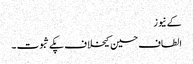
کے نیوز
الطاف حسین کیخلاف پکے ثبوت ۔